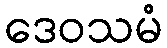
ဒေဝသမံ